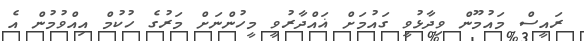
ރައީސް މައުމޫން ވިދާޅުވީ ގައުމަށް ޣައްދާރުވީ މީހުންނަށް މަރުގެ ހުކުމް އިއްވުމުން އެ